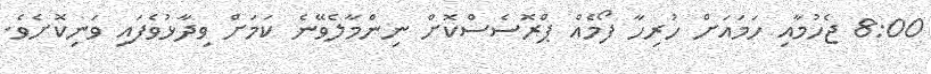
8:00 ޖެހުމާއި ހަމައަށް ހުރިހާ ފޯމެއް ޕްރޮސެސްކޮށް ނިންމާލެވޭނެ ކަމަށް ވިދާޅުވެފައި ވަނިކޮށެވެ.